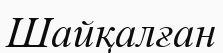
Шайқалған